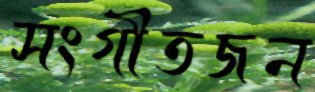
সংগীতজন